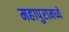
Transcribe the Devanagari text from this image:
महापुरामध्ये